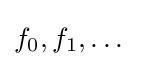
f_{0},f_{1},\dots